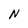
Character: N